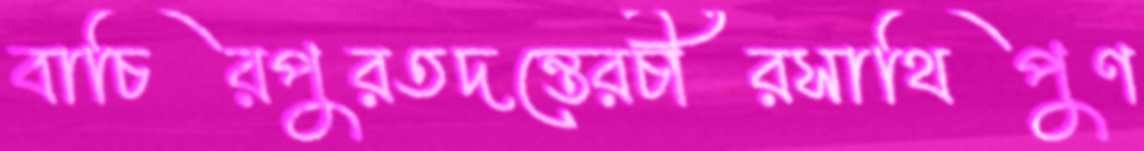
বাচিরপুরতদন্তেরচীরসাথিপুণ